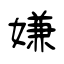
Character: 嫌